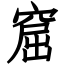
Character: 窟